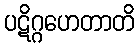
ပဋိဂ္ဂဟေတာတိ